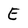
Character: E